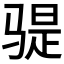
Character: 𫘨